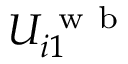
U _ { i 1 } ^ { \mathrm { ~ w ~ b ~ } }